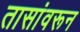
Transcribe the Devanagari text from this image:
तासांवरून